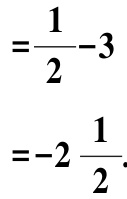
\[

=\frac{1}{2}-3\\

=-2\frac{1}{2}.

\]